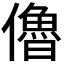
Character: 𠐔